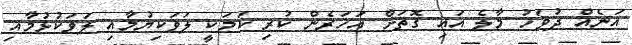
އަނެއް ދުވަހު މާލެ އައި ގޮތަށް އަހަރެން ކުރި ކަމަކީ ލަވަކިޔުމާއި ލަވަކުޅުމާއި